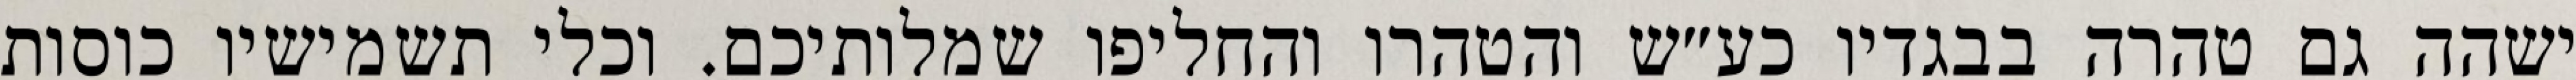
ישהה גם טהרה בבגדיו כע״ש והטהרו והחליפו שמלותיכם. וכלי תשמישיו כוסות